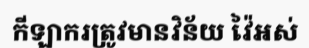
កីឡាករត្រូវមានវិន័យ វ៉ៃអស់